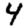
Digit: 4